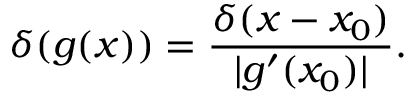
\delta ( g ( x ) ) = { \frac { \delta ( x - x _ { 0 } ) } { | g ^ { \prime } ( x _ { 0 } ) | } } .